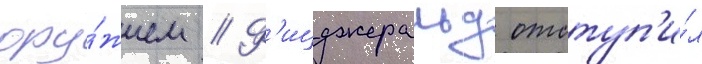
ору́жием // Ф'ицджеральд отступ'и́л